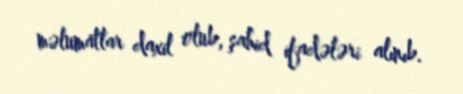
məlumatlar daxil olub, şahid ifadələri alınıb.